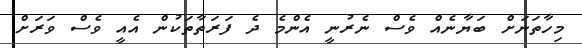
މިހާތަނަށް ބަޔާނެއް ވެސް ނެރުނީ އެންމެ ދެ ފަރަތާތަކުން އެއީ ވެސް ވަރަށް